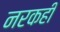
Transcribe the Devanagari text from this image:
नरकही